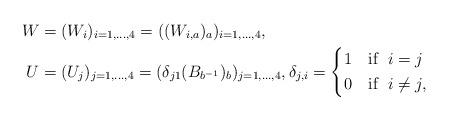
LaTeX: \begin{align*}W &=(W_i)_{i=1,\dots,4}=((W_{i,a})_{a})_{i=1,\dots,4},\\U &=(U_j)_{j=1,\dots,4}=(\delta_{j1}(B_{b^{-1}})_{b})_ {j=1,\dots, 4},\delta_{j,i}=\left\{\begin{aligned}& 1\quad\mbox{if }\; i=j\\& 0\quad\mbox{if }\; i\neq j,\end{aligned}\right.\end{align*}